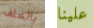
بالخلف علينا